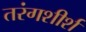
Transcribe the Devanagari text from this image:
तरंगशीर्श